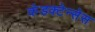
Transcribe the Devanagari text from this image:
कंडक्टेन्सेस